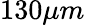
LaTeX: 130\mu m